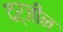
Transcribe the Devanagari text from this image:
दर्जीन